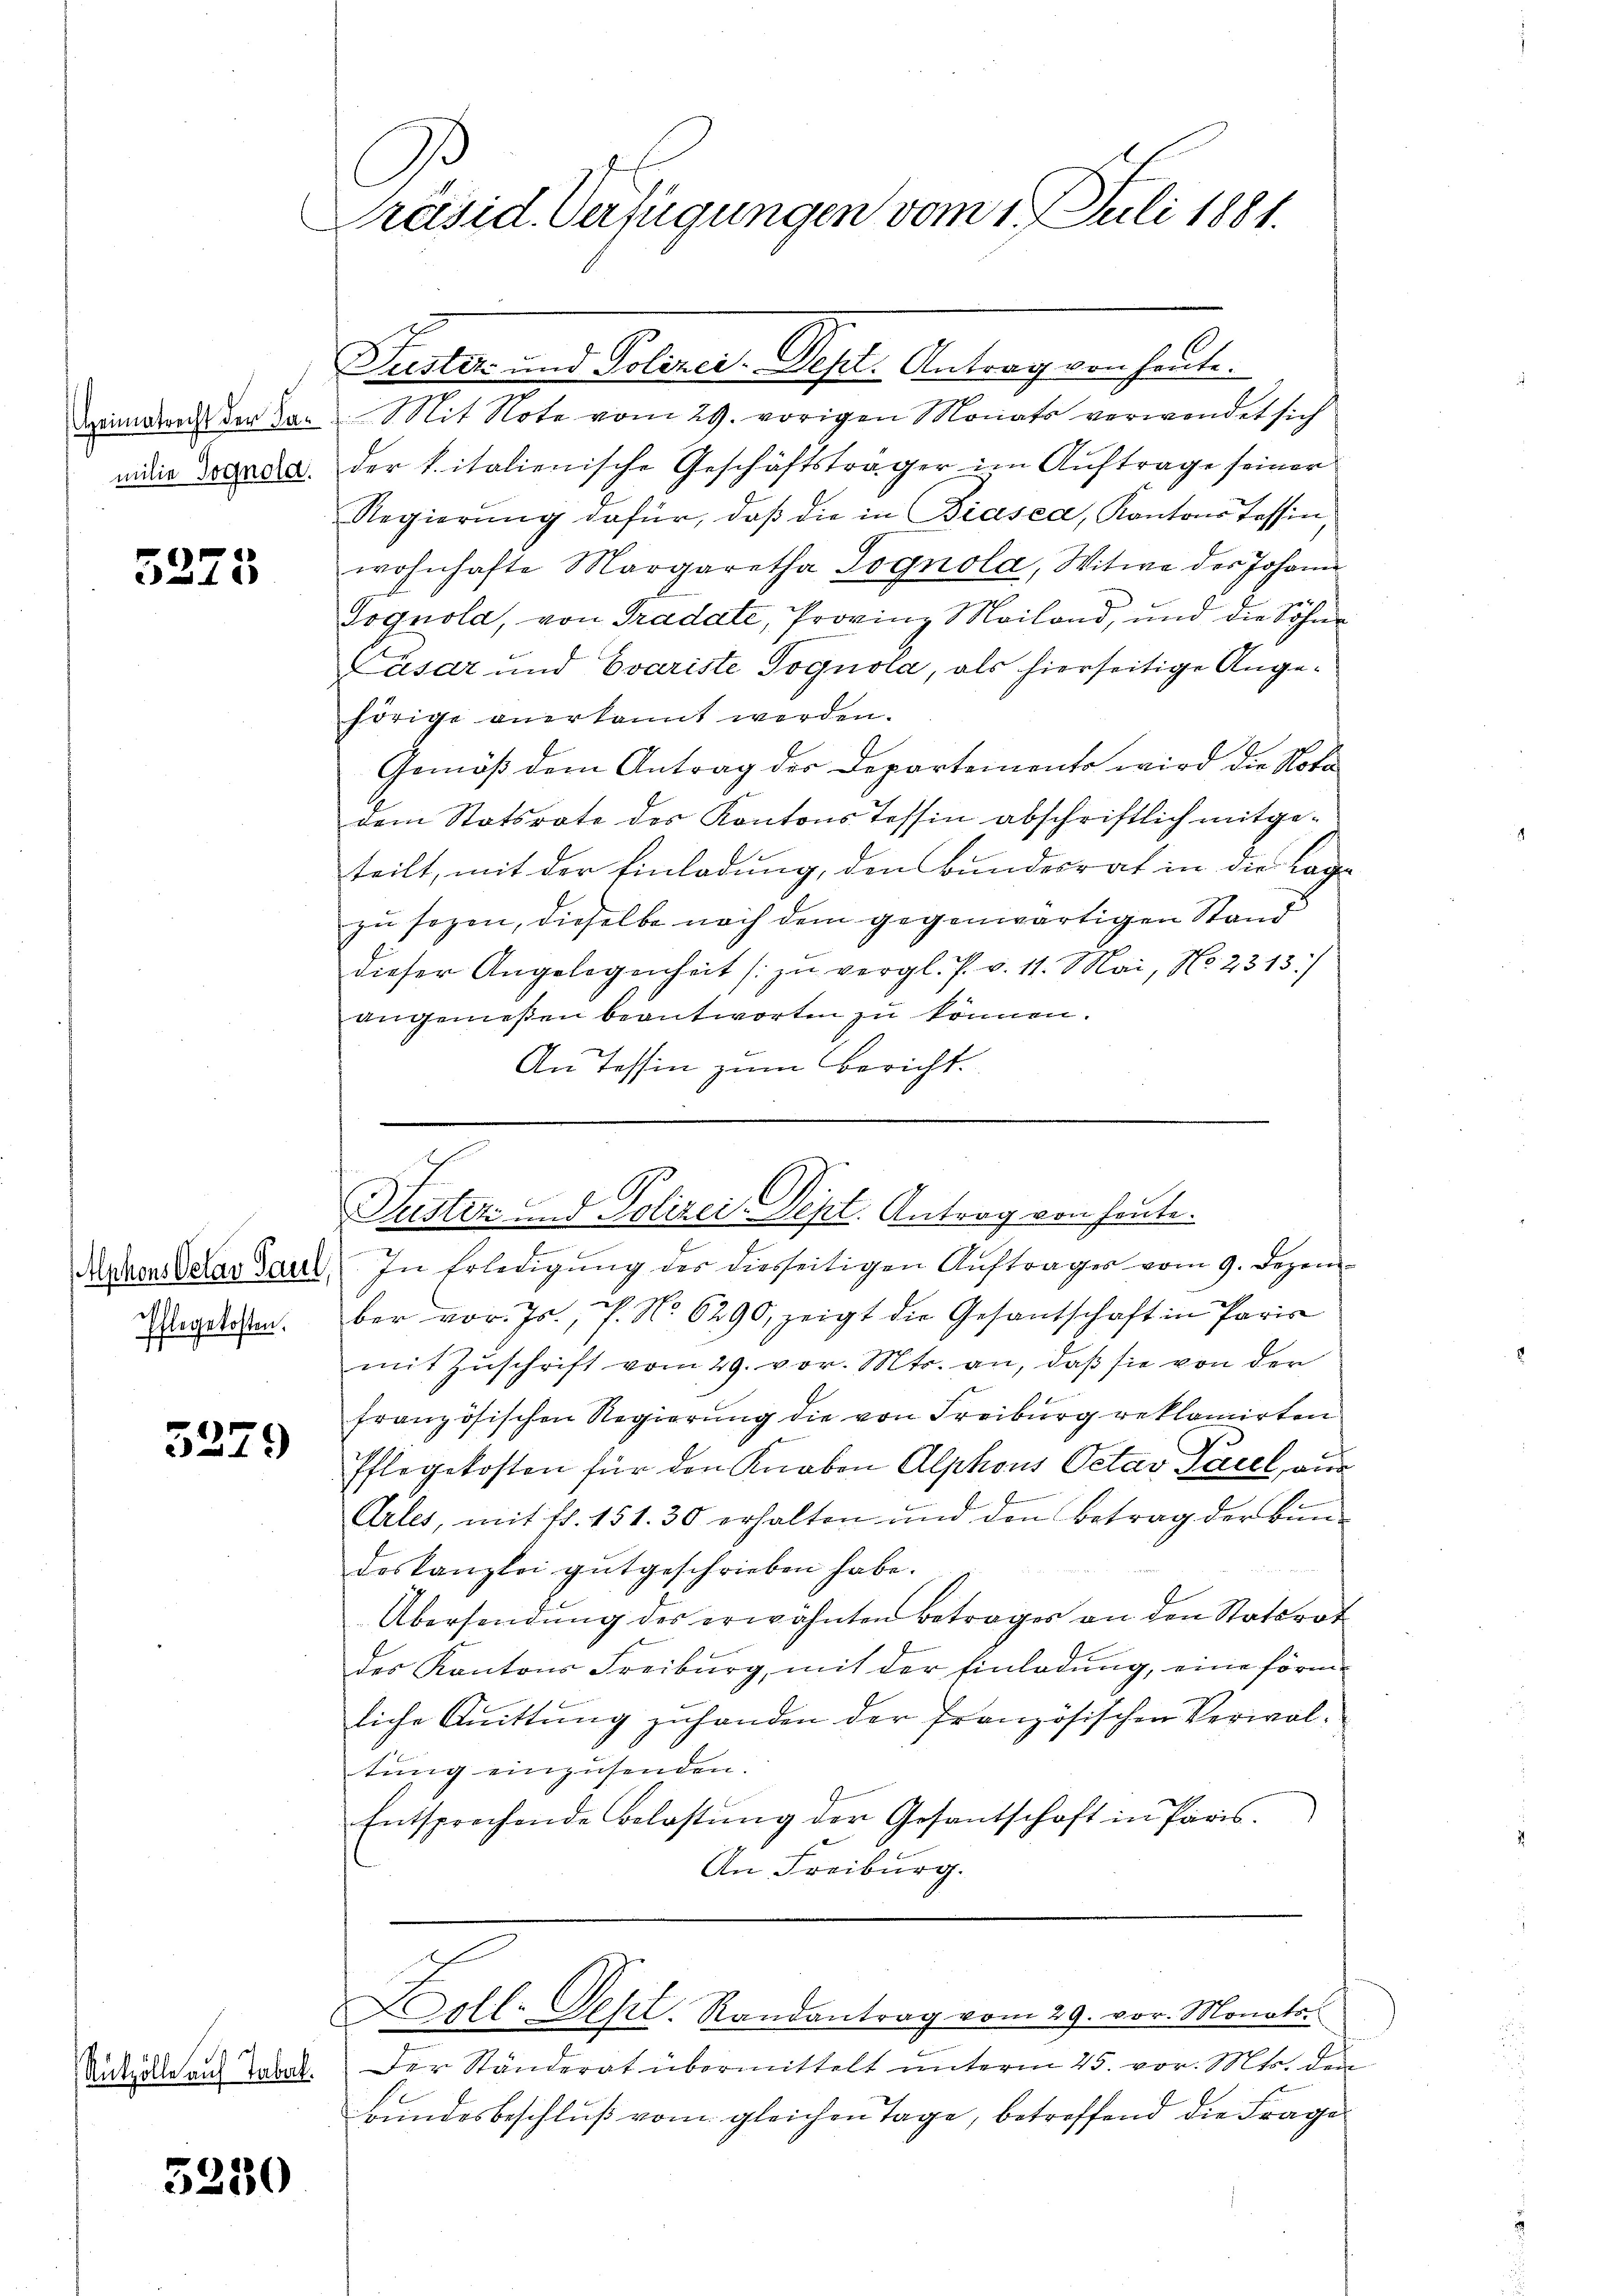
Heimatrecht der Familie Gognola.

5223

Aphons Octav Paul,
Pflegekosten.

3279

Rützölle auf Tabak.

5230

C
Präsid. Verfügungen vom 1. Juli 1881.

Justiz- und Polizei-Dept. Antrag von heute.
7
Mit Note vom 29. vorigen Monats verwendet sich
der k. italienische Geschäftsträger im Auftrage seiner
Regierŭng dafür, daβ die in Biasca, Kantons Tessin
wohnhafte Margaretha Sognola, Witwe der Johann
Gognola, von Tradate, Provinz Mailand, und die Söhne
Cäsar und Evariste Tognoia, als hierseitige Angehörige anerkannt werden.
Gemäß dem Antrag des Departements wird die Notadem Statsrate des Kantons Tessin abschriftlich mitge-
teilt, mit der Einladung, den Bundesrat in die Lage
zu sogen, dieselbe nach dem gegenwärtigen Stand
dieser Angelegenheit zu vergl. P. v. 11. Mai, No. 2313/
angemeßen beantworten zu können.
An Tessin zum Bericht.
Justiz- und Polizei Dept. Antrag von heute.
In Erledigung des diesseitigen Auftrages vom 9. Dezember vor. Js., 7. No 6290, zeigt die Gesantschaft in Paris
mit Zuschrift vom 29. vor. Mts. an, daß sie von der
französischen Regierung die von Freiburg reklamirten
Pflegekosten für den Knaben Alphons Octav Pacel, aus
e
Arles, mit 11. 151. 30 erhalten und den Betrag der Bundeskanzlei gutgeschrieben habe.
Übersendung des erwähnten Betrages an den Stattrot
des Kantons Freiburg, mit der Einladung, eine förmliche Knittung zuhanden der französischen Verwaltung einzusenden.
Entsprechende Belastŭng der Gesantschaft in Paris.
An Freiburg.

Der Ständerat übermittelt unterm 25. vor. Mts. d
Bundesbeschluß vom gleichen Tage, betreffend die Frage

Lill. Sept. Randantrag vom 29. vor. Monats.